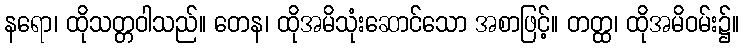
နရော၊ ထိုသတ္တဝါသည်။ တေန၊ ထိုအမိသုံးဆောင်သော အစာဖြင့်။ တတ္ထ၊ ထိုအမိဝမ်း၌။